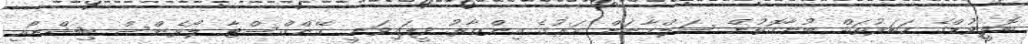
ބޮލީވުޑްގެ ހަބަރުތައް ބުނާގޮތުން ސަލްމާނަށް މަރުގެ އިންޒާރު ދީފައިވަނީ ގޭންގްސްޓާ ލޯރެންސް ބިޝްނޯއި